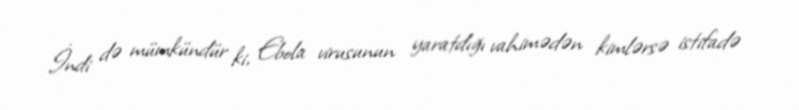
İndi də mümkündür ki, Ebola virusunun yaratdığı vahimədən kimlərsə istifadə